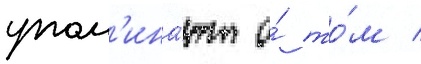
упом'ина́ют о́ то́м /